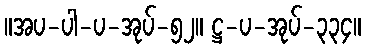
။အပ-ပါ-ပ-အုပ်-၅၂။ ဋ္ဌ-ပ-အုပ်-၃၃၄။